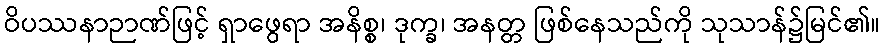
ဝိပဿနာဉာဏ်ဖြင့် ရှာဖွေရာ အနိစ္စ၊ ဒုက္ခ၊ အနတ္တ ဖြစ်နေသည်ကို သုသာန်၌မြင်၏။